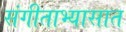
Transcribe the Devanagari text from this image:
संगीताभ्यासात